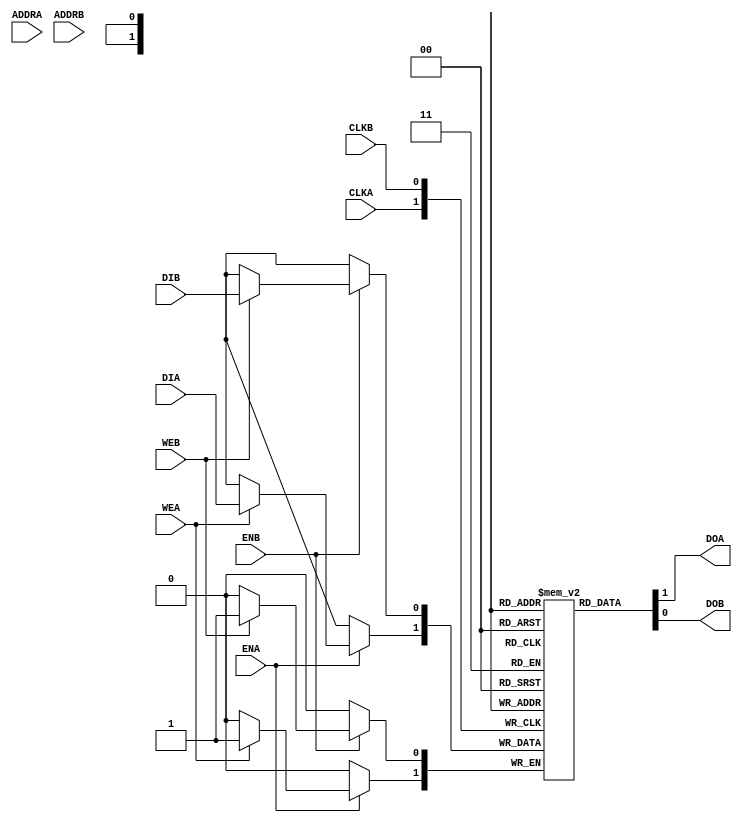

// Copyright (c) 2000-2009 Bluespec, Inc.

// Permission is hereby granted, free of charge, to any person obtaining a copy
// of this software and associated documentation files (the "Software"), to deal
// in the Software without restriction, including without limitation the rights
// to use, copy, modify, merge, publish, distribute, sublicense, and/or sell
// copies of the Software, and to permit persons to whom the Software is
// furnished to do so, subject to the following conditions:

// The above copyright notice and this permission notice shall be included in
// all copies or substantial portions of the Software.

// THE SOFTWARE IS PROVIDED "AS IS", WITHOUT WARRANTY OF ANY KIND, EXPRESS OR
// IMPLIED, INCLUDING BUT NOT LIMITED TO THE WARRANTIES OF MERCHANTABILITY,
// FITNESS FOR A PARTICULAR PURPOSE AND NONINFRINGEMENT. IN NO EVENT SHALL THE
// AUTHORS OR COPYRIGHT HOLDERS BE LIABLE FOR ANY CLAIM, DAMAGES OR OTHER
// LIABILITY, WHETHER IN AN ACTION OF CONTRACT, TORT OR OTHERWISE, ARISING FROM,
// OUT OF OR IN CONNECTION WITH THE SOFTWARE OR THE USE OR OTHER DEALINGS IN
// THE SOFTWARE.
//
// $Revision: 17872 $
// $Date: 2009-09-18 14:32:56 +0000 (Fri, 18 Sep 2009) $

`ifdef BSV_ASSIGNMENT_DELAY
`else
 `define BSV_ASSIGNMENT_DELAY
`endif

// Dual-Ported BRAM
module BRAM2(CLKA,
             ENA,
             WEA,
             ADDRA,
             DIA,
             DOA,
             CLKB,
             ENB,
             WEB,
             ADDRB,
             DIB,
             DOB
             );

   // synopsys template
   parameter                      PIPELINED  = 0;
   parameter                      ADDR_WIDTH = 1;
   parameter                      DATA_WIDTH = 1;
   parameter                      MEMSIZE    = 1;

   input                          CLKA;
   input                          ENA;
   input                          WEA;
   input [ADDR_WIDTH-1:0]         ADDRA;
   input [DATA_WIDTH-1:0]         DIA;
   output [DATA_WIDTH-1:0]        DOA;

   input                          CLKB;
   input                          ENB;
   input                          WEB;
   input [ADDR_WIDTH-1:0]         ADDRB;
   input [DATA_WIDTH-1:0]         DIB;
   output [DATA_WIDTH-1:0]        DOB;

   reg [DATA_WIDTH-1:0]           RAM[0:MEMSIZE-1] /* synthesis syn_ramstyle="no_rw_check" */ ;
   reg [ADDR_WIDTH-1:0]           ADDRA_R;
   reg [ADDR_WIDTH-1:0]           ADDRB_R;
   reg [DATA_WIDTH-1:0]           DOA_R;
   reg [DATA_WIDTH-1:0]           DOB_R;

   wire [DATA_WIDTH-1:0] 	  DOA_noreg;
   wire [DATA_WIDTH-1:0] 	  DOB_noreg;

   wire [ADDR_WIDTH-1:0] 	  ADDRA_muxed;
   wire [ADDR_WIDTH-1:0] 	  ADDRB_muxed;


`ifdef BSV_NO_INITIAL_BLOCKS
`else
   // synopsys translate_off
   integer                        i;
   initial
   begin : init_block
      for (i = 0; i < MEMSIZE; i = i + 1) begin
         RAM[i] = { ((DATA_WIDTH+1)/2) { 2'b10 } };
      end
      ADDRA_R = { ((ADDR_WIDTH+1)/2) { 2'b10 } };
      ADDRB_R = { ((ADDR_WIDTH+1)/2) { 2'b10 } };
      DOA_R = { ((DATA_WIDTH+1)/2) { 2'b10 } };
      DOB_R = { ((DATA_WIDTH+1)/2) { 2'b10 } };
   end
   // synopsys translate_on
`endif // !`ifdef BSV_NO_INITIAL_BLOCKS


   always @(posedge CLKA) begin
      ADDRA_R <= `BSV_ASSIGNMENT_DELAY ADDRA_muxed;
      if (ENA) begin
         if (WEA)
           RAM[ADDRA_muxed] <= `BSV_ASSIGNMENT_DELAY DIA;
      end
   end

   always @(posedge CLKB) begin
      ADDRB_R <= `BSV_ASSIGNMENT_DELAY ADDRB_muxed;
      if (ENB) begin
         if (WEB)
           RAM[ADDRB_muxed] <= `BSV_ASSIGNMENT_DELAY DIB;
      end
   end


   // ENA workaround for Synplify
   assign ADDRA_muxed = (ENA) ? ADDRA : ADDRA_R;
   assign ADDRB_muxed = (ENB) ? ADDRB : ADDRB_R;

   // Memory read
   assign DOA_noreg = RAM[ADDRA_R];
   assign DOB_noreg = RAM[ADDRB_R];

   // Pipeline
   always @(posedge CLKA)
      DOA_R <= DOA_noreg;

   always @(posedge CLKB)
      DOB_R <= DOB_noreg;

   // Output drivers
   assign DOA = (PIPELINED) ? DOA_R : DOA_noreg;
   assign DOB = (PIPELINED) ? DOB_R : DOB_noreg;

endmodule // BRAM2